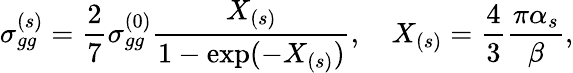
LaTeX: \sigma_{gg}^{(s)}=\frac{2}{7}\sigma_{gg}^{(0)}\frac{X_{(s)}}{1-\exp(-X_{(s)})},\quad X_{(s)}=\frac{4}{3}\frac{\pi\alpha_{s}}{\beta},